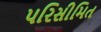
પરિસીમિત